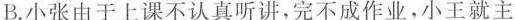
B.小张由于上课不认真听讲，完不成作业，小王就主